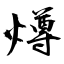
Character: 燇